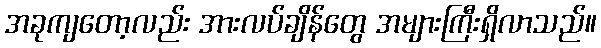
အခုကျတော့လည်း အားလပ်ချိန်တွေ အများကြီးရှိလာသည်။